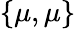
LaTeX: \{ \mu,\mu\}